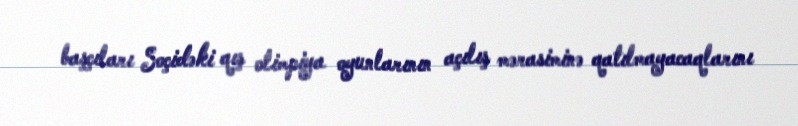
başçıları Soçidəki qış olimpiya oyunlarının açılış mərasiminə qatılmayacaqlarını